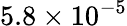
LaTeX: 5.8\times 10^{-5}